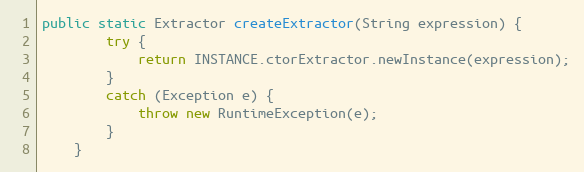
Language: Java
public static Extractor createExtractor(String expression) {
        try {
            return INSTANCE.ctorExtractor.newInstance(expression);
        }
        catch (Exception e) {
            throw new RuntimeException(e);
        }
    }